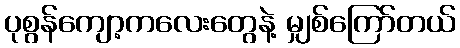
ပုစွန်ကျော့ကလေးတွေနဲ့ မျှစ်ကြော်တယ်